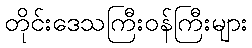
တိုင်းဒေသကြီးဝန်ကြီးများ